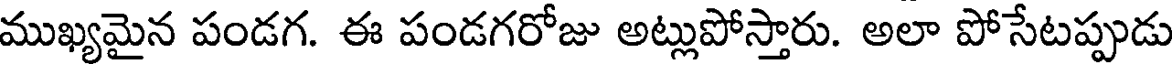
ముఖ్యమైన పండగ. ఈ పండగరోజు అట్లుపోస్తారు. అలా పోసేటప్పుడు